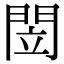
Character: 閚